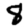
Digit: 8